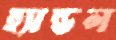
হ্যান্ডল